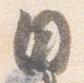
日